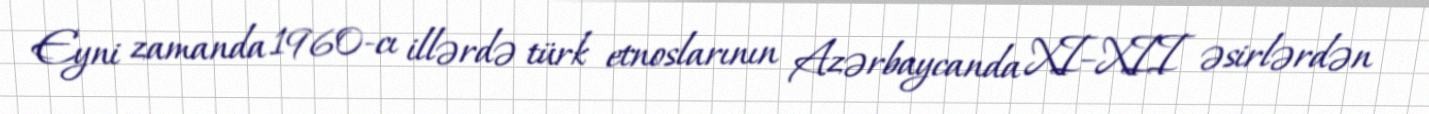
Eyni zamanda 1960-cı illərdə türk etnoslarının Azərbaycanda XI–XII əsirlərdən